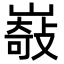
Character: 𡼋